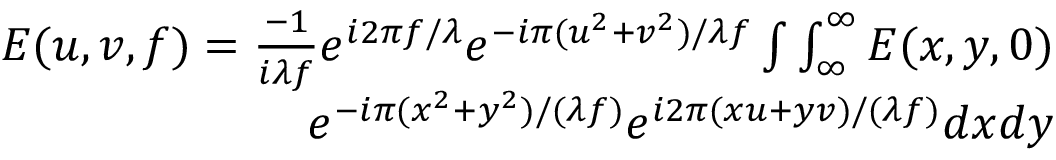
\begin{array} { r } { E ( u , v , f ) = \frac { - 1 } { i \lambda f } { { e } ^ { i 2 \pi f / \lambda } } { { e } ^ { - i \pi ( { { u } ^ { 2 } } + { { v } ^ { 2 } } ) / \lambda f } } \int \int _ { \infty } ^ { \infty } E ( x , y , 0 ) } \\ { { { e } ^ { - i \pi ( { { x } ^ { 2 } } + { { y } ^ { 2 } } ) / ( \lambda f ) } } { { e } ^ { i 2 \pi ( x u + y v ) / ( \lambda f ) } } d x d y } \end{array}